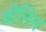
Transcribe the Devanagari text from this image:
बोनिन